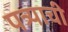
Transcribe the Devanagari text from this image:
पत्र्याची